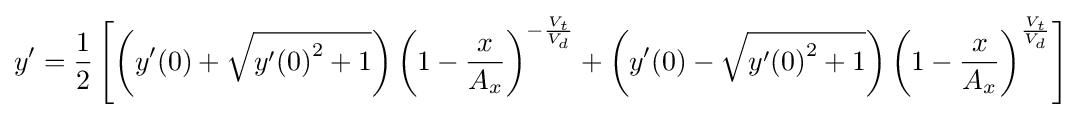
y'={\frac {1}{2}}\left[\left(y'(0)+{\sqrt {{y'(0)}^{2}+1}}\right)\left(1-{\frac {x}{A_{x}}}\right)^{-{\frac {V_{t}}{V_{d}}}}+\left(y'(0)-{\sqrt {{y'(0)}^{2}+1}}\right)\left(1-{\frac {x}{A_{x}}}\right)^{\frac {V_{t}}{V_{d}}}\right]